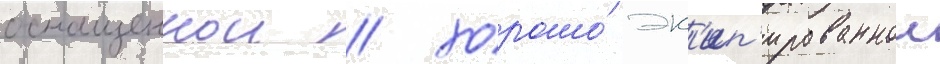
оснащеннои / хорошо́ эк'ип'ированнои